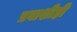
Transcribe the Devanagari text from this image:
प्रवाशीही